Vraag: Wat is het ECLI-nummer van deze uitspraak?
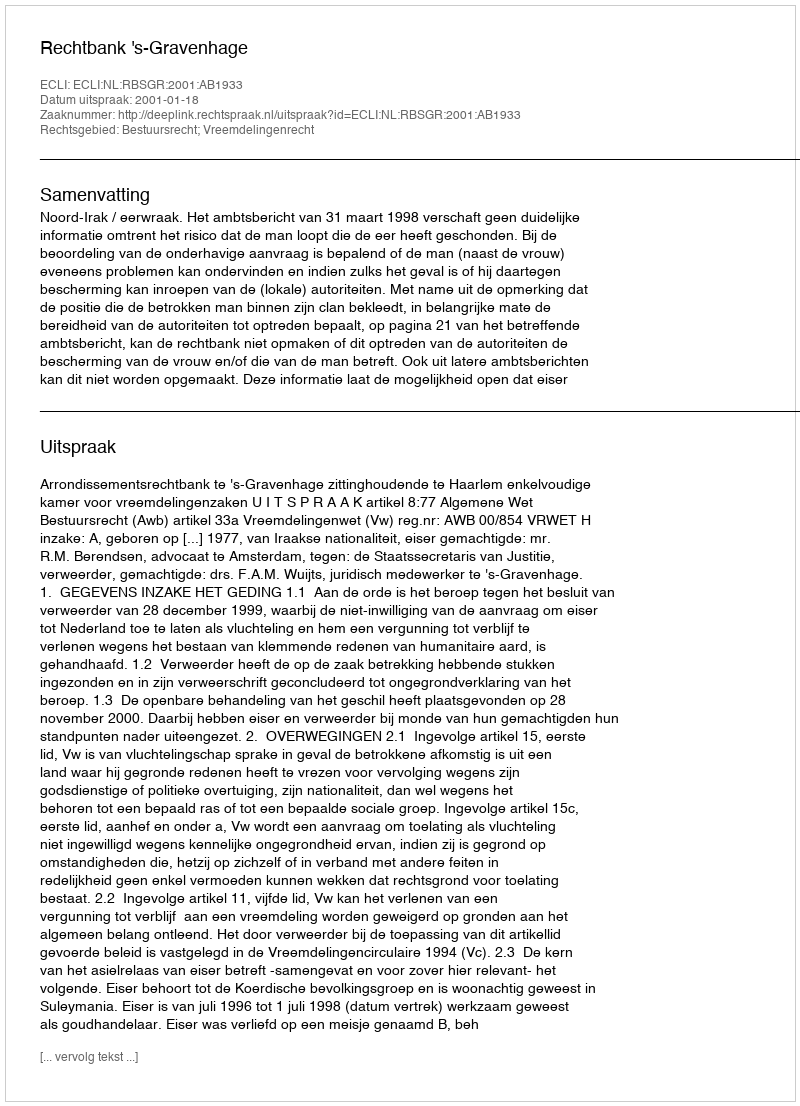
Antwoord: ECLI:NL:RBSGR:2001:AB1933